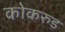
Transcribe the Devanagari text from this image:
कोकरुड